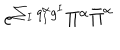
e ^ { \sum _ { I } q _ { I } ^ { \alpha } g ^ { I } } \Pi ^ { \alpha } \bar { \Pi } ^ { \alpha }